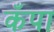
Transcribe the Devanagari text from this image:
कँपा